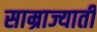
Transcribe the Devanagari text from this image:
साम्राज्याती